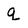
Character: q